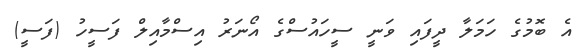
އެ ބޮމުގެ ހަމަލާ ދީފައި ވަނީ ސީހައުސްގެ އޯނަރު އިސްމާއިލް ފަސީހު (ފަސީ)